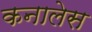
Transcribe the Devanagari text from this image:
कनालेस